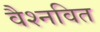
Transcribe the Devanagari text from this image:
वैश्नवित